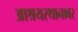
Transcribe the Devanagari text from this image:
आश्रयस्थानावर